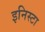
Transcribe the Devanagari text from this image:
इनिस्टा